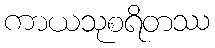
ကာယသုစရိတဿ